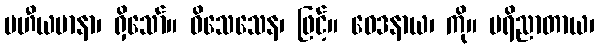
ပဟီယမာနာ၊ ရှိသော်။ ဝိသေသေန၊ ဖြင့်။ ဝေဒနာယ၊ ကို။ ပရိညာတာယ၊